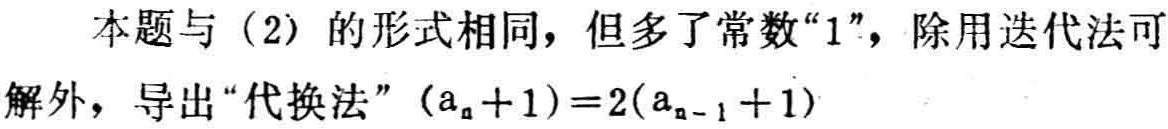
本题与（2）的形式相同，但多了常数“1”，除用迭代法可解外，导出“代换法”\((a_{n}+1)=2(a_{n - 1}+1)\)